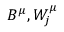
B ^ { \mu } , W _ { j } ^ { \mu }